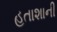
હતાશાની